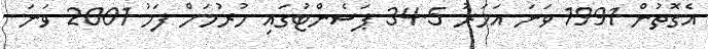
އެގޮތުން 1991 ވަނަ އަހަރު 34.5 ޕަސެންޓުގައި ހުރުމަށް ފަހު 2001 ވަނަ